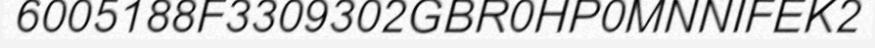
6005188F3309302GBR0HP0MNNIFEK2